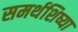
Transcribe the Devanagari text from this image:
समर्थशिष्या